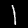
Label: 1